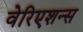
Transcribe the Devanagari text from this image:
वेरिएशन्स